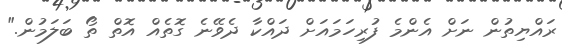
ރައްޔިތުން ނަށް އެންމެ ފުރިހަމަައަށް ދައްކާ ދެވޭނެ ގޮތެއް އޮތް ތޯ ބަލަމުން."